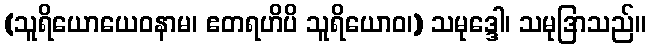
(သူရိယောယေဝနာမ၊ ဧတရဟိပိ သူရိယောဝ၊) သမုဒ္ဒေါ၊ သမုဒြာသည်။